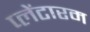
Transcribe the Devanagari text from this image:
प्लेंटारम